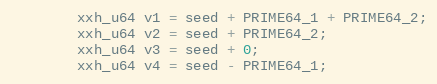
Language: C++
        xxh_u64 v1 = seed + PRIME64_1 + PRIME64_2;
        xxh_u64 v2 = seed + PRIME64_2;
        xxh_u64 v3 = seed + 0;
        xxh_u64 v4 = seed - PRIME64_1;